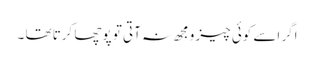
اگر اسے کوئی چیز ومجھ نہ آتی تو پوچھا کرتا تھا ۔